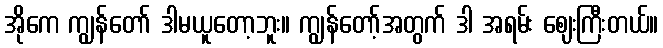
အိုကေ ကျွန်တော် ဒါမယူတော့ဘူး။ ကျွန်တော့်အတွက် ဒါ အရမ်း ဈေးကြီးတယ်။